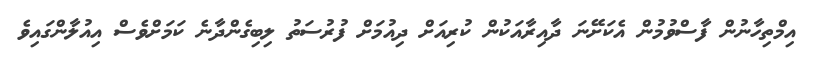
އިމްތިހާނުން ފާސްވުމުން އެކަށޭނަ ދާއިރާއަކުން ކުރިއަށް ދިއުމަށް ފުރުސަތު ލިބިގެންދާނެ ކަމަށްވެސް އިއުލާންގައިވެ